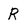
Character: R